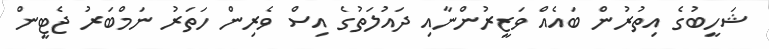
ޝަހީބުގެ އިތުރުން ބައެއް ވަޒީރުންނާއި ދައުލަތުގެ އިސް ވެރިން ހަތަރު ނަމްބަރު ޖެޓީން